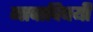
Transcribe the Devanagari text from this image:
नावाविषयी